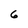
Character: G